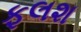
ફલશ